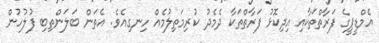
އެމްޑީޕީގެ ފަރާތްތަކާއި އިދިކޮޅު ފަރާތްތަކާ ދެމެދު ކުރިމަތިލުމެއް ހިނގިއެވެ. އެތަން ބަލަންތިބި ފުލުހުން